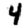
Digit: 4